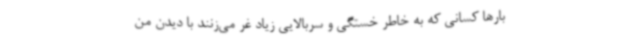
بارها کسانی که به خاطر خستگی و سربالایی زیاد غر می‌زنند با دیدن من